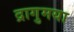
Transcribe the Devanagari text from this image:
द्रागुमया